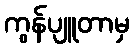
ကွန်ပျူတာမှ